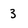
Character: 3